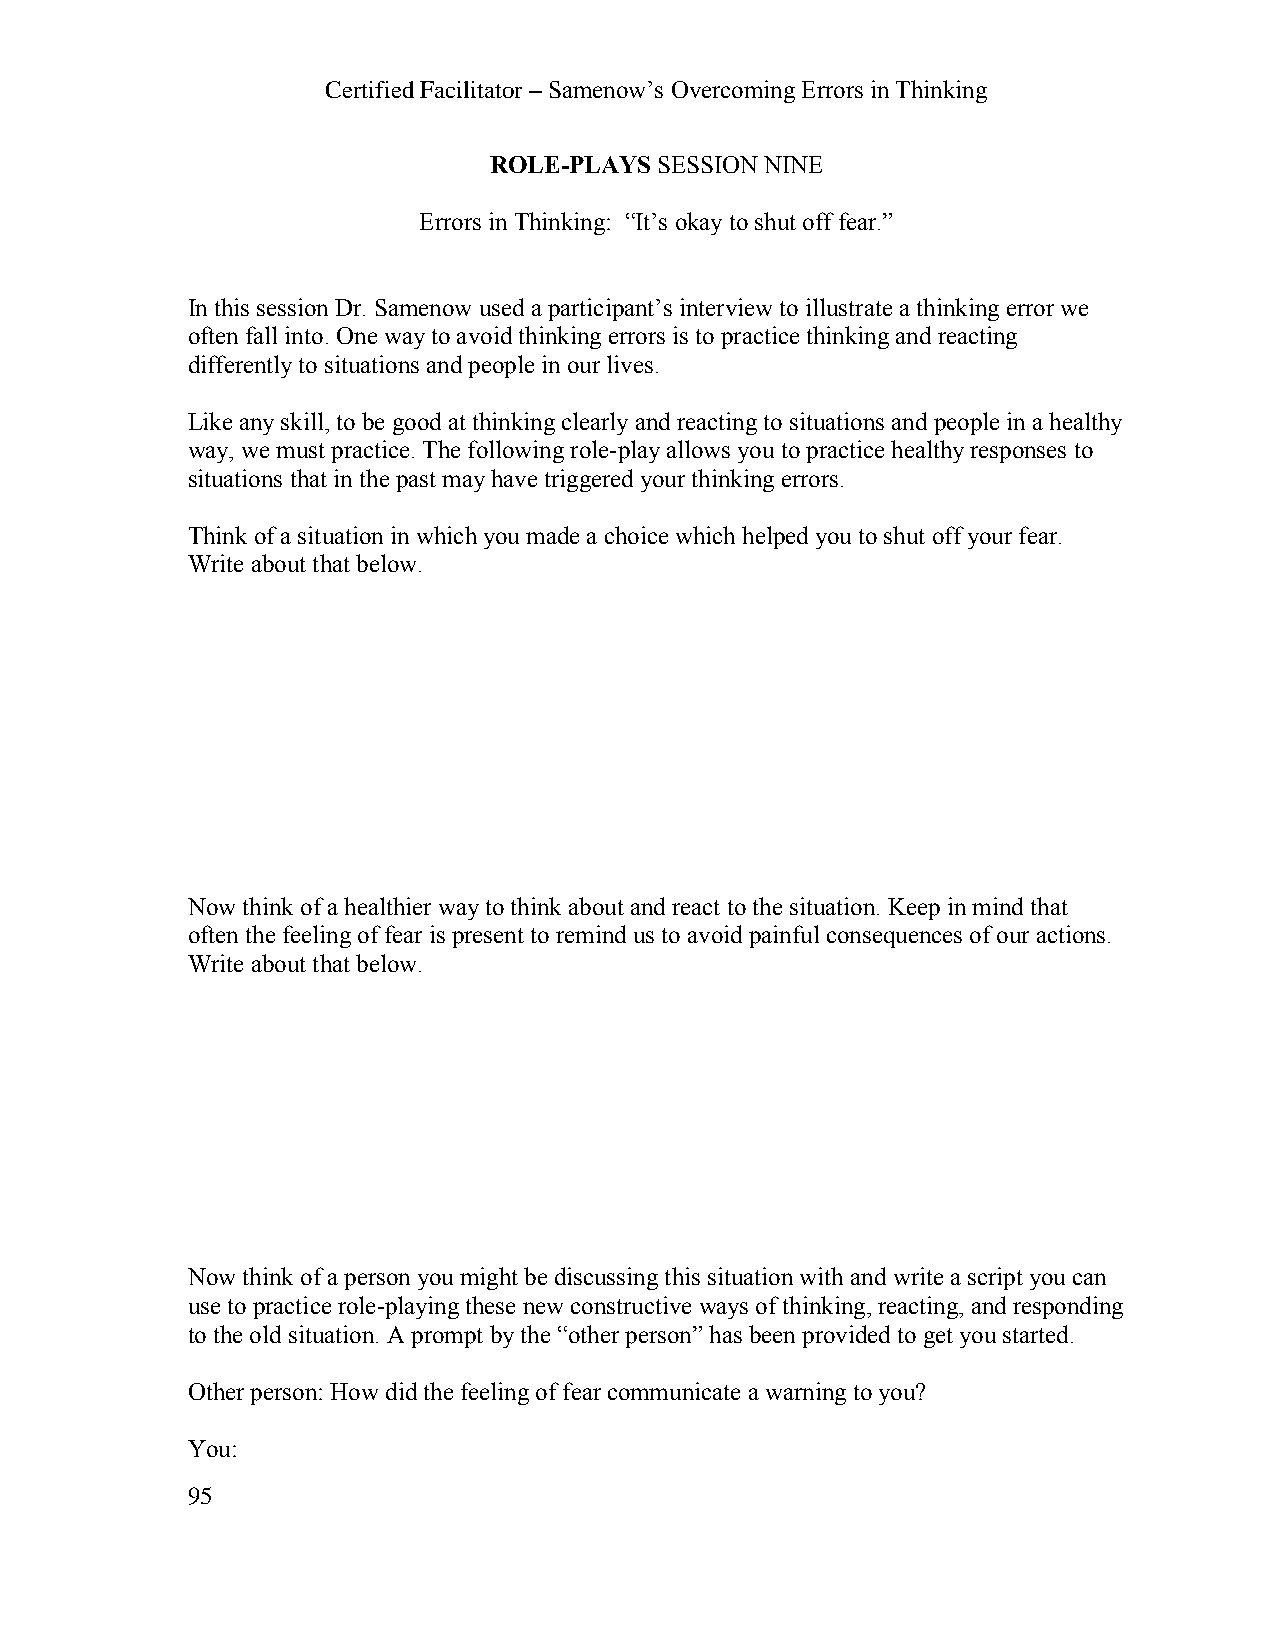
Certified Facilitator – Samenow’s Overcoming Errors in Thinking
 ROLE-PLAYS SESSION NINE
 Errors in Thinking: “It’s okay to shut off fear.”
 In this session Dr. Samenow used a participant’s interview to illustrate a thinking error we
 often fall into. One way to avoid thinking errors is to practice thinking and reacting
 differently to situations and people in our lives.
 Like any skill, to be good at thinking clearly and reacting to situations and people in a healthy
 way, we must practice. The following role-play allows you to practice healthy responses to
 situations that in the past may have triggered your thinking errors.
 Think of a situation in which you made a choice which helped you to shut off your fear.
 Write about that below.
 Now think of a healthier way to think about and react to the situation. Keep in mind that
 often the feeling of fear is present to remind us to avoid painful consequences of our actions.
 Write about that below.
 Now think of a person you might be discussing this situation with and write a script you can
 use to practice role-playing these new constructive ways of thinking, reacting, and responding
 to the old situation. A prompt by the “other person” has been provided to get you started.
 Other person: How did the feeling of fear communicate a warning to you?
 You:
 95